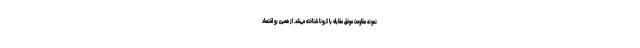
نمونه مقاومت موفق مقابله با کرونا شناخته می‌شد. از همین رو اقتصاد